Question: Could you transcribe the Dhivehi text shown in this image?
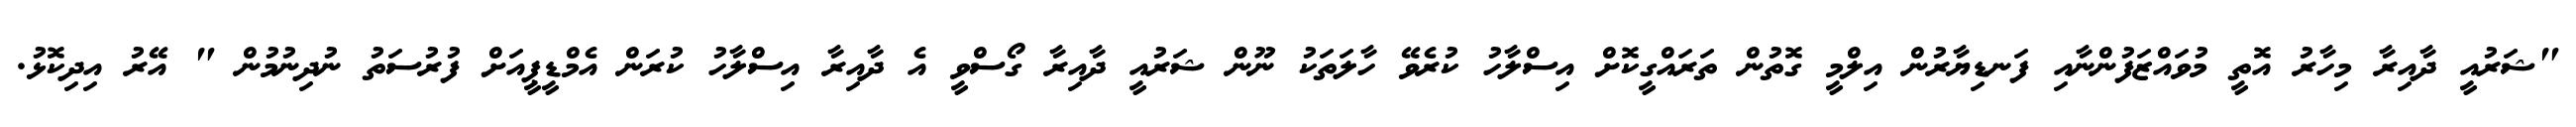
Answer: "ޝަރުއީ ދާއިރާ މިހާރު އޮތީ މުވައްޒަފުންނާއި ފަނޑިޔާރުން އިލްމީ ގޮތުން ތަރައްގީކޮށް އިސްލާހު ކުރެވޭ ހާލަތަކު ނޫން ޝަރުއީ ދާއިރާ ގޯސްވީ އެ ދާއިރާ އިސްލާހު ކުރަން އެމްޑީޕީއަށް ފުރުސަތު ނުދިނުމުން " އޭރު އިދިކޮޅު.